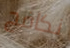
نكافح